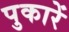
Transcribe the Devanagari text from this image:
पुकारें